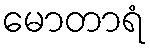
မောတာရံ